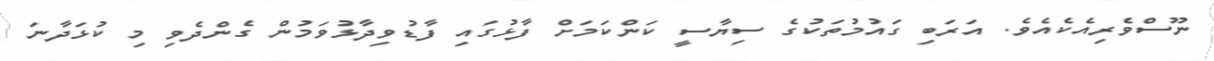
ނޫސްވެރިއެކެއެވެ. އަރަބި ގައުމުތަކުގެ ސިޔާސީ ކަންކަމަށް ފާޅުގައި ފާޑުވިދާޅުވަމުން ގެންދެވި މި ކުޅަދާނަ